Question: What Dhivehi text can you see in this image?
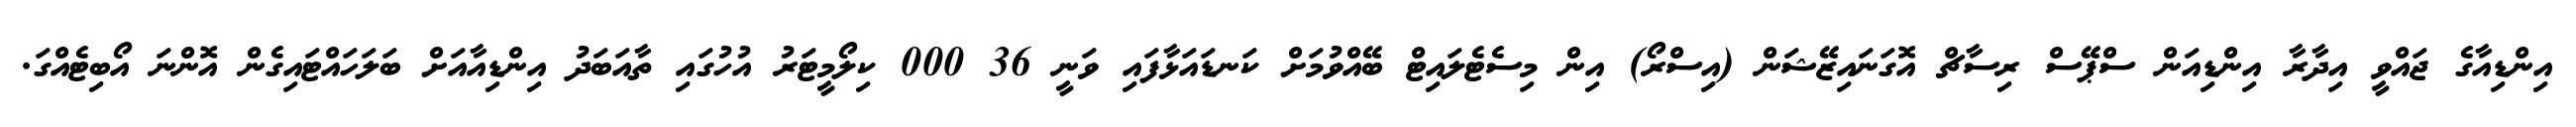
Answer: އިންޑިއާގެ ޖައްވީ އިދާރާ އިންޑިއަން ސްޕޭސް ރިސާޗް އޮގަނައިޒޭޝަން (އިސްރޯ) އިން މިސެޓެލައިޓް ބޭއްވުމަށް ކަނޑައަޅާފައި ވަނީ 36 000 ކިލޯމީޓަރު އުހުގައި ތާއަބަދު އިންޑިއާއަށް ބަލަހައްޓައިގެން އޮންނަ އޯބިޓެއްގަ.